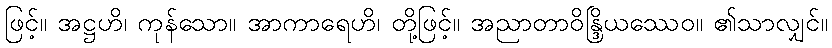
ဖြင့်။ အဋ္ဌဟိ၊ ကုန်သော။ အာကာရေဟိ၊ တို့ဖြင့်။ အညာတာဝိန္ဒြိယဿေဝ။ ၏သာလျှင်။